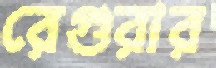
রেগুরার